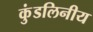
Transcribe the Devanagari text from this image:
कुंडलिनीय